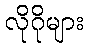
လိုဂိုများ